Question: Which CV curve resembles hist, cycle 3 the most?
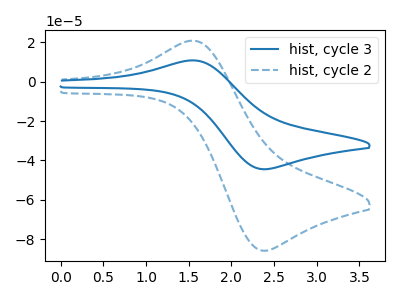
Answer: <think>The blue curve "hist, cycle 3" has an anodic peak at (1.60V, 10.70uA) and a cathodic peak at (2.35V, -44.45uA). The blue dashed curve "hist, cycle 2" has an anodic peak at (1.60V, 20.60uA) and a cathodic peak at (2.35V, -85.75uA).
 All the peaks in "hist, cycle 3" have a peak in "hist, cycle 2" at the same potential. Every peak in "hist, cycle 3" is lower than every peak in "hist, cycle 2".</think>
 <answer>The CV with the most similar shape to "hist, cycle 2" is "hist, cycle 3".</answer>
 <eval>"hist, cycle 3"</eval>